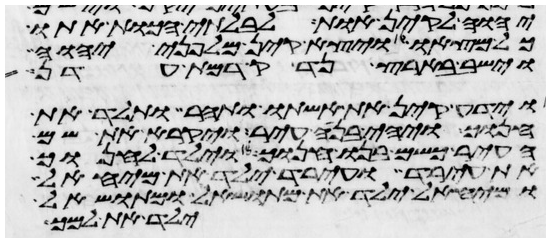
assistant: יהוה לקין אות לבלתי הכות אתו
כל מצאו ויצא קין מלפני יהוה
וישב בארץ נד קדמת עדן
וידע קין את אשתו ותהר ותלד את
חנוך ויהי בנה עיר ויקרא את שם
העיר כשם בנו חנוך ויולד לחנוך
את עירד ועירד ילד את מיהאל
ומיהאל ילד את מתושאל ומתושאל
ילד את למך